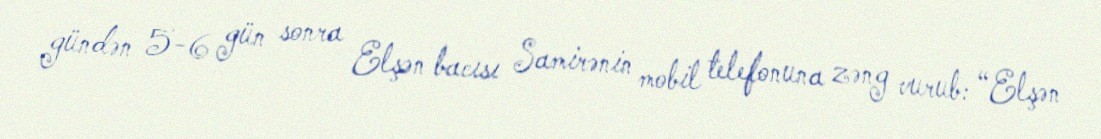
gündən 5-6 gün sonra Elşən bacısı Samirənin mobil telefonuna zəng vurub: “Elşən